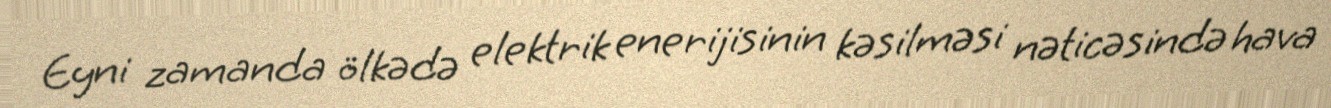
Eyni zamanda ölkədə elektrik enerijisinin kəsilməsi nəticəsində hava